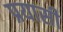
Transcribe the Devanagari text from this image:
प्रयासी